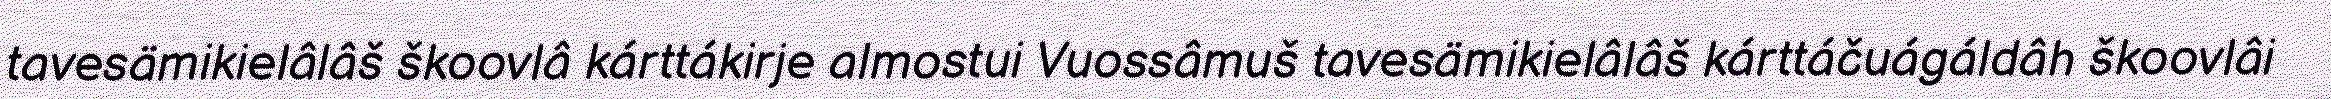
tavesämikielâlâš škoovlâ kárttákirje almostui Vuossâmuš tavesämikielâlâš kárttáčuágáldâh škoovlâi